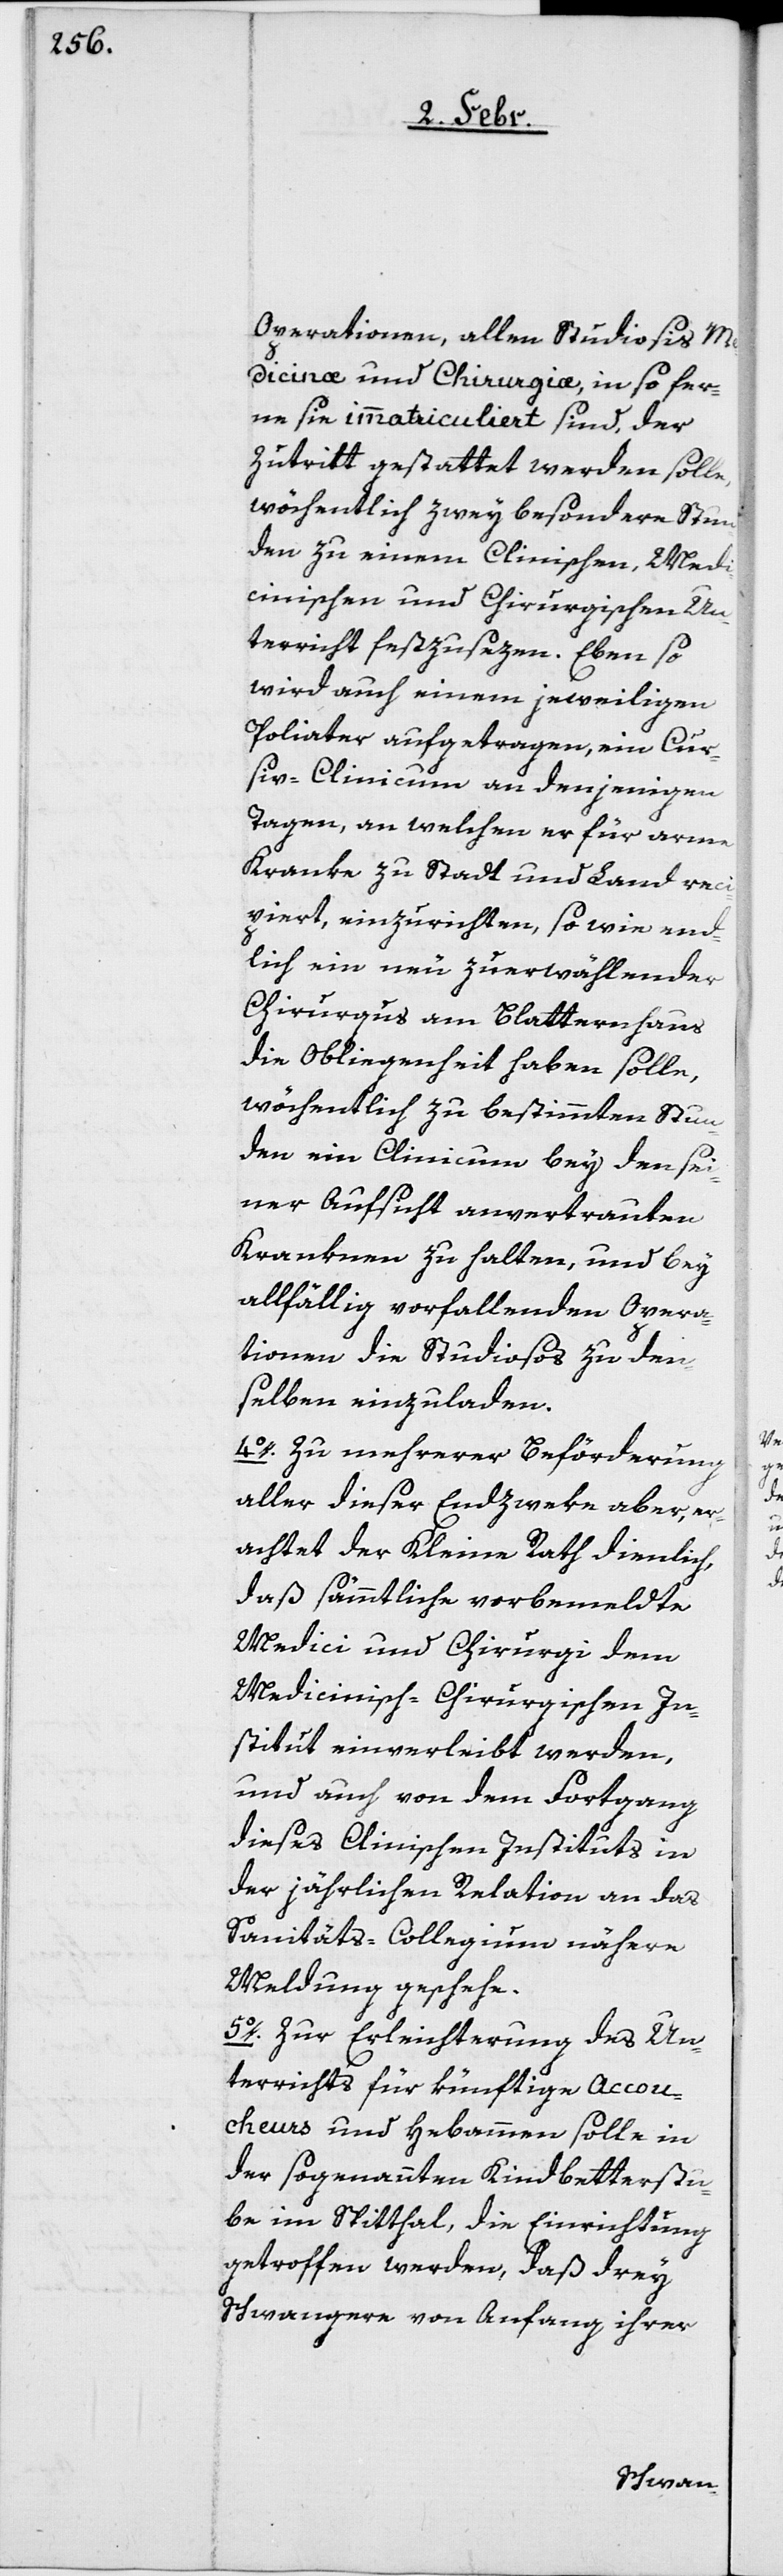
Operationen, allen Studiosis Me¬
decinæ und Chirurgiæ, in so fer¬
ne sie immatriculiert sind, der
Zutritt gestattet werden solle,
wöchentlich zwey besondere Stun¬
den zu einem Clinischen, Medi¬
cinischen und Chirurgischen Un¬
terricht festzusezen. Eben so
wird auch einem jeweiligen
Poliater aufgetragen, ein Cur¬
siv-Clinicum an denjenigen
Tagen, an welchen er für arme
Kranke zu Stadt und Land re¬
cipiert, einzurichten, so wie end¬
lich ein neu zuerwählender
Chirurgus am Blatternhaus
die Obliegenheit haben solle,
wöchentlich zu bestimmten Stun¬
den ein Clinicum bey den sei¬
ner Aufsicht anvertrauten
Kranken zu halten, und bey
allfählig vorfallenden Opera¬
tionen die Studiosos zu den¬
selben einzuladen.
4o. Zu mehrerer Beförderung
aller dieser Endzweke aber, er¬
achtet der Kleine Rath dienlich,
daß sämmtliche vorbemeldte
Medici und Chirurgi dem
Medicinisch-Chirurgischen In¬
stitut einverleibt werden,
und auch von dem Fortgang
dieses klinischen Instituts in
der jährlichen Relation an das
Sanitäts-Collegium nähere
Meldung geschehe.
5o. Zur Erleichterung des Un¬
terrichts für künftige Accou¬
cheurs und Hebammen solle in
der sogenannten Kindbetterstu¬
be im Spitthal, die Einrichtung
getroffen werden, daß drey
Schwangere von Anfang ihrer